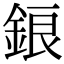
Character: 鋃